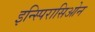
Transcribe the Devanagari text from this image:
इन्स्पिरासिओन